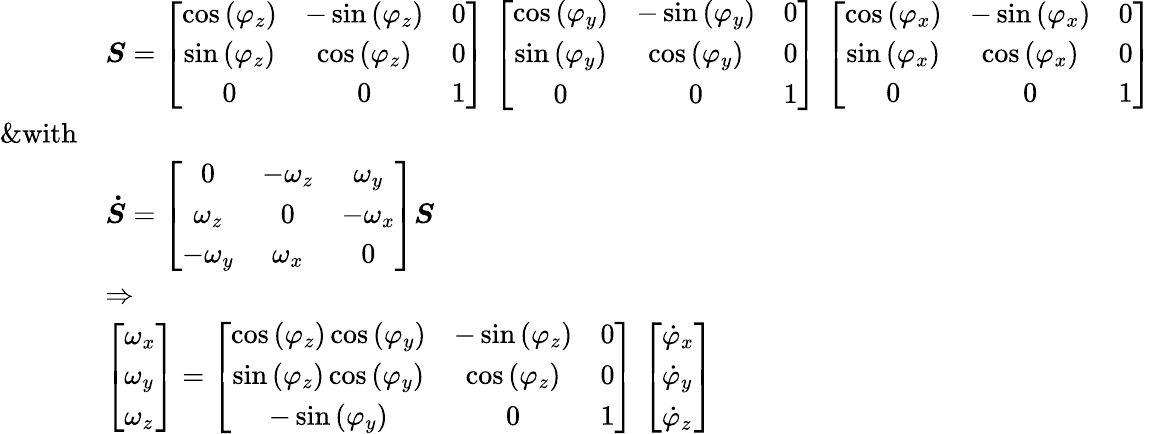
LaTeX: \begin{array}{rl}&{\boldsymbol S=\left[\begin{array}{ccc}{\cos\left(\varphi_{{z}}\right)}&{-\sin\left(\varphi_{{z}}\right)}&{0}\\ {\sin\left(\varphi_{{z}}\right)}&{\cos\left(\varphi_{{z}}\right)}&{0}\\ {0}&{0}&{1}\end{array}\right]\, \left[\begin{array}{ccc}{\cos\left(\varphi_{{y}}\right)}&{-\sin\left(\varphi_{{y}}\right)}&{0}\\ {\sin\left(\varphi_{{y}}\right)}&{\cos\left(\varphi_{{y}}\right)}&{0}\\ {0}&{0}&{1}\end{array}\right]\, \left[\begin{array}{ccc}{\cos\left(\varphi_{{x}}\right)}&{-\sin\left(\varphi_{{x}}\right)}&{0}\\ {\sin\left(\varphi_{{x}}\right)}&{\cos\left(\varphi_{{x}}\right)}&{0}\\ {0}&{0}&{1}\end{array}\right]}\\ {\& \mathrm{with}}\\ &{\boldsymbol{\dot{S}}=\left[\begin{array}{ccc}{0}&{-\omega_{{z}}}&{\omega_{{y}}}\\ {\omega_{{z}}}&{0}&{-\omega_{{x}}}\\ {-\omega_{{y}}}&{\omega_{{x}}}&{0}\end{array}\right]\boldsymbol S\, }\\ &{\Rightarrow}\\ &{\left[\begin{array}{l}{\omega_{x}}\\ {\omega_{y}}\\ {\omega_{z}}\end{array}\right]=\left[\begin{array}{ccc}{\cos\left(\varphi_{{z}}\right)\cos\left(\varphi_{{y}}\right)}&{-\sin\left(\varphi_{{z}}\right)}&{0}\\ {\sin\left(\varphi_{{z}}\right)\cos\left(\varphi_{{y}}\right)}&{\cos\left(\varphi_{{z}}\right)}&{0}\\ {-\sin\left(\varphi_{{y}}\right)}&{0}&{1}\end{array}\right]\, \left[\begin{array}{l}{\dot{\varphi}_{x}}\\ {\dot{\varphi}_{y}}\\ {\dot{\varphi}_{z}}\end{array}\right]}\end{array}